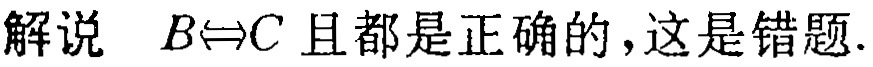
解说 \(B\Leftrightarrow C\) 且都是正确的，这是错题.